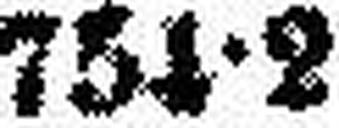
754•2